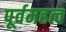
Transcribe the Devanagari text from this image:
पूर्वमहत्व